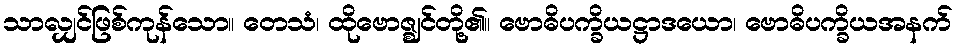
သာလျှင်ဖြစ်ကုန်သော။ တေသံ၊ ထိုဗောဇ္ဈင်တို့၏။ ဗောဓိပက္ခိယဋ္ဌာဒယော၊ ဗောဓိပက္ခိယအနက်